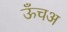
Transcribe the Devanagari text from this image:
ऊँचअ